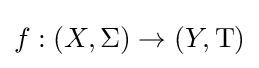
f:(X,\Sigma )\to (Y,\mathrm {T} )